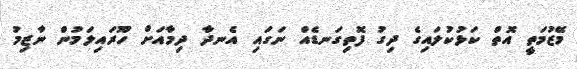
މޭޒުމަތީ އޮތް ކަޅުކުލައިގެ ދިގު ފޮތިގަނޑެއް ނަގައި އެނދާ ދިމާއަށް ހޫރައިލަމުން ނާޒިމު